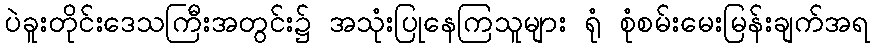
ပဲခူးတိုင်းဒေသကြီးအတွင်း၌ အသုံးပြုနေကြသူများ ရုံ စုံစမ်းမေးမြန်းချက်အရ